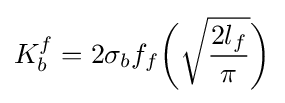
K_{b}^{f}=2\sigma _{b}f_{f}{\bigg (}{\sqrt {\frac {2l_{f}}{\pi }}}{\bigg )}